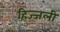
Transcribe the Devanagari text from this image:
हिज्जली